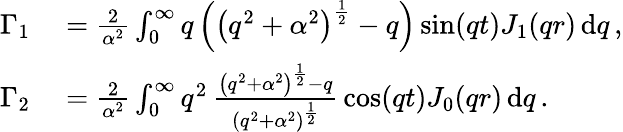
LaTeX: \begin{array}{rl}{\Gamma_{1}}&{{}=\frac{2}{\alpha^{2}}\int_{0}^{\infty}q\left(\left(q^{2}+\alpha^{2}\right)^{\frac{1}{2}}-q\right)\sin(qt)J_{1}(qr)\, \mathrm{d}q\, ,}\\ {\Gamma_{2}}&{{}=\frac{2}{\alpha^{2}}\int_{0}^{\infty}q^{2}\, \frac{\left(q^{2}+\alpha^{2}\right)^{\frac{1}{2}}-q}{\left(q^{2}+\alpha^{2}\right)^{\frac{1}{2}}}\, \cos(qt)J_{0}(qr)\, \mathrm{d}q\, .}\end{array}